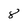
Character: 8